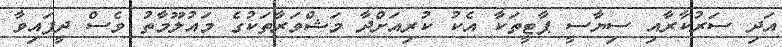
އަދި ސަރުކާރާއި ސިޔާސީ ޕާޓީތަކާ އެކު ކުރިއަށްދާ މަޝްވަރާތަކުގެ މައުލޫމާތު ވެސް ދީފައިވާ